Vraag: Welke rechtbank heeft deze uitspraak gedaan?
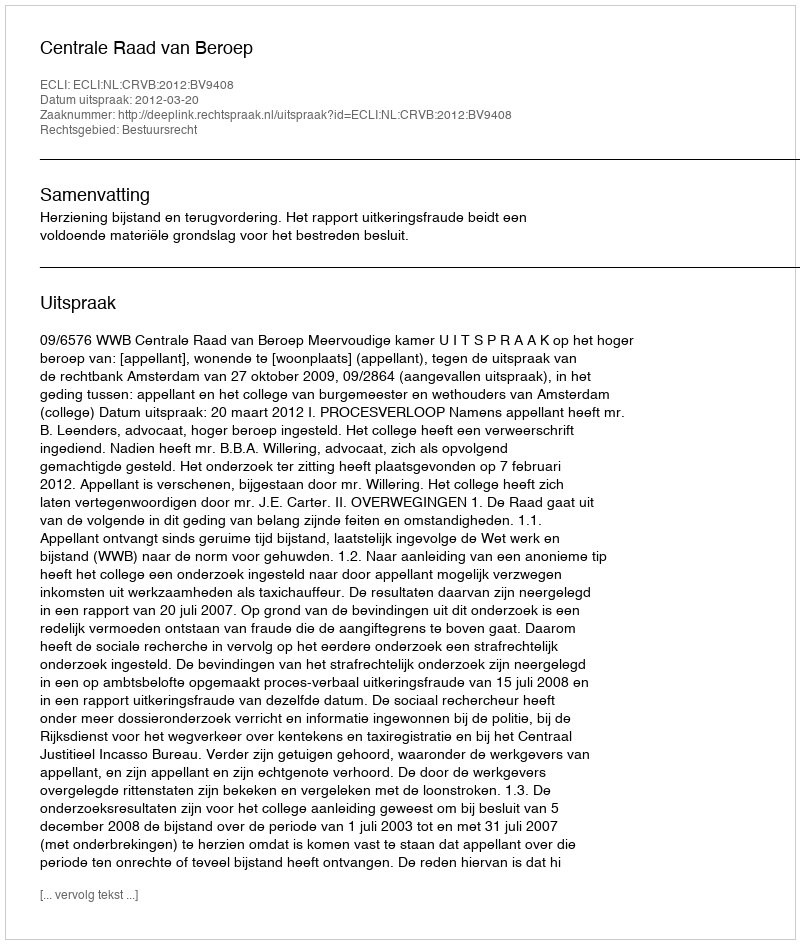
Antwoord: Centrale Raad van Beroep